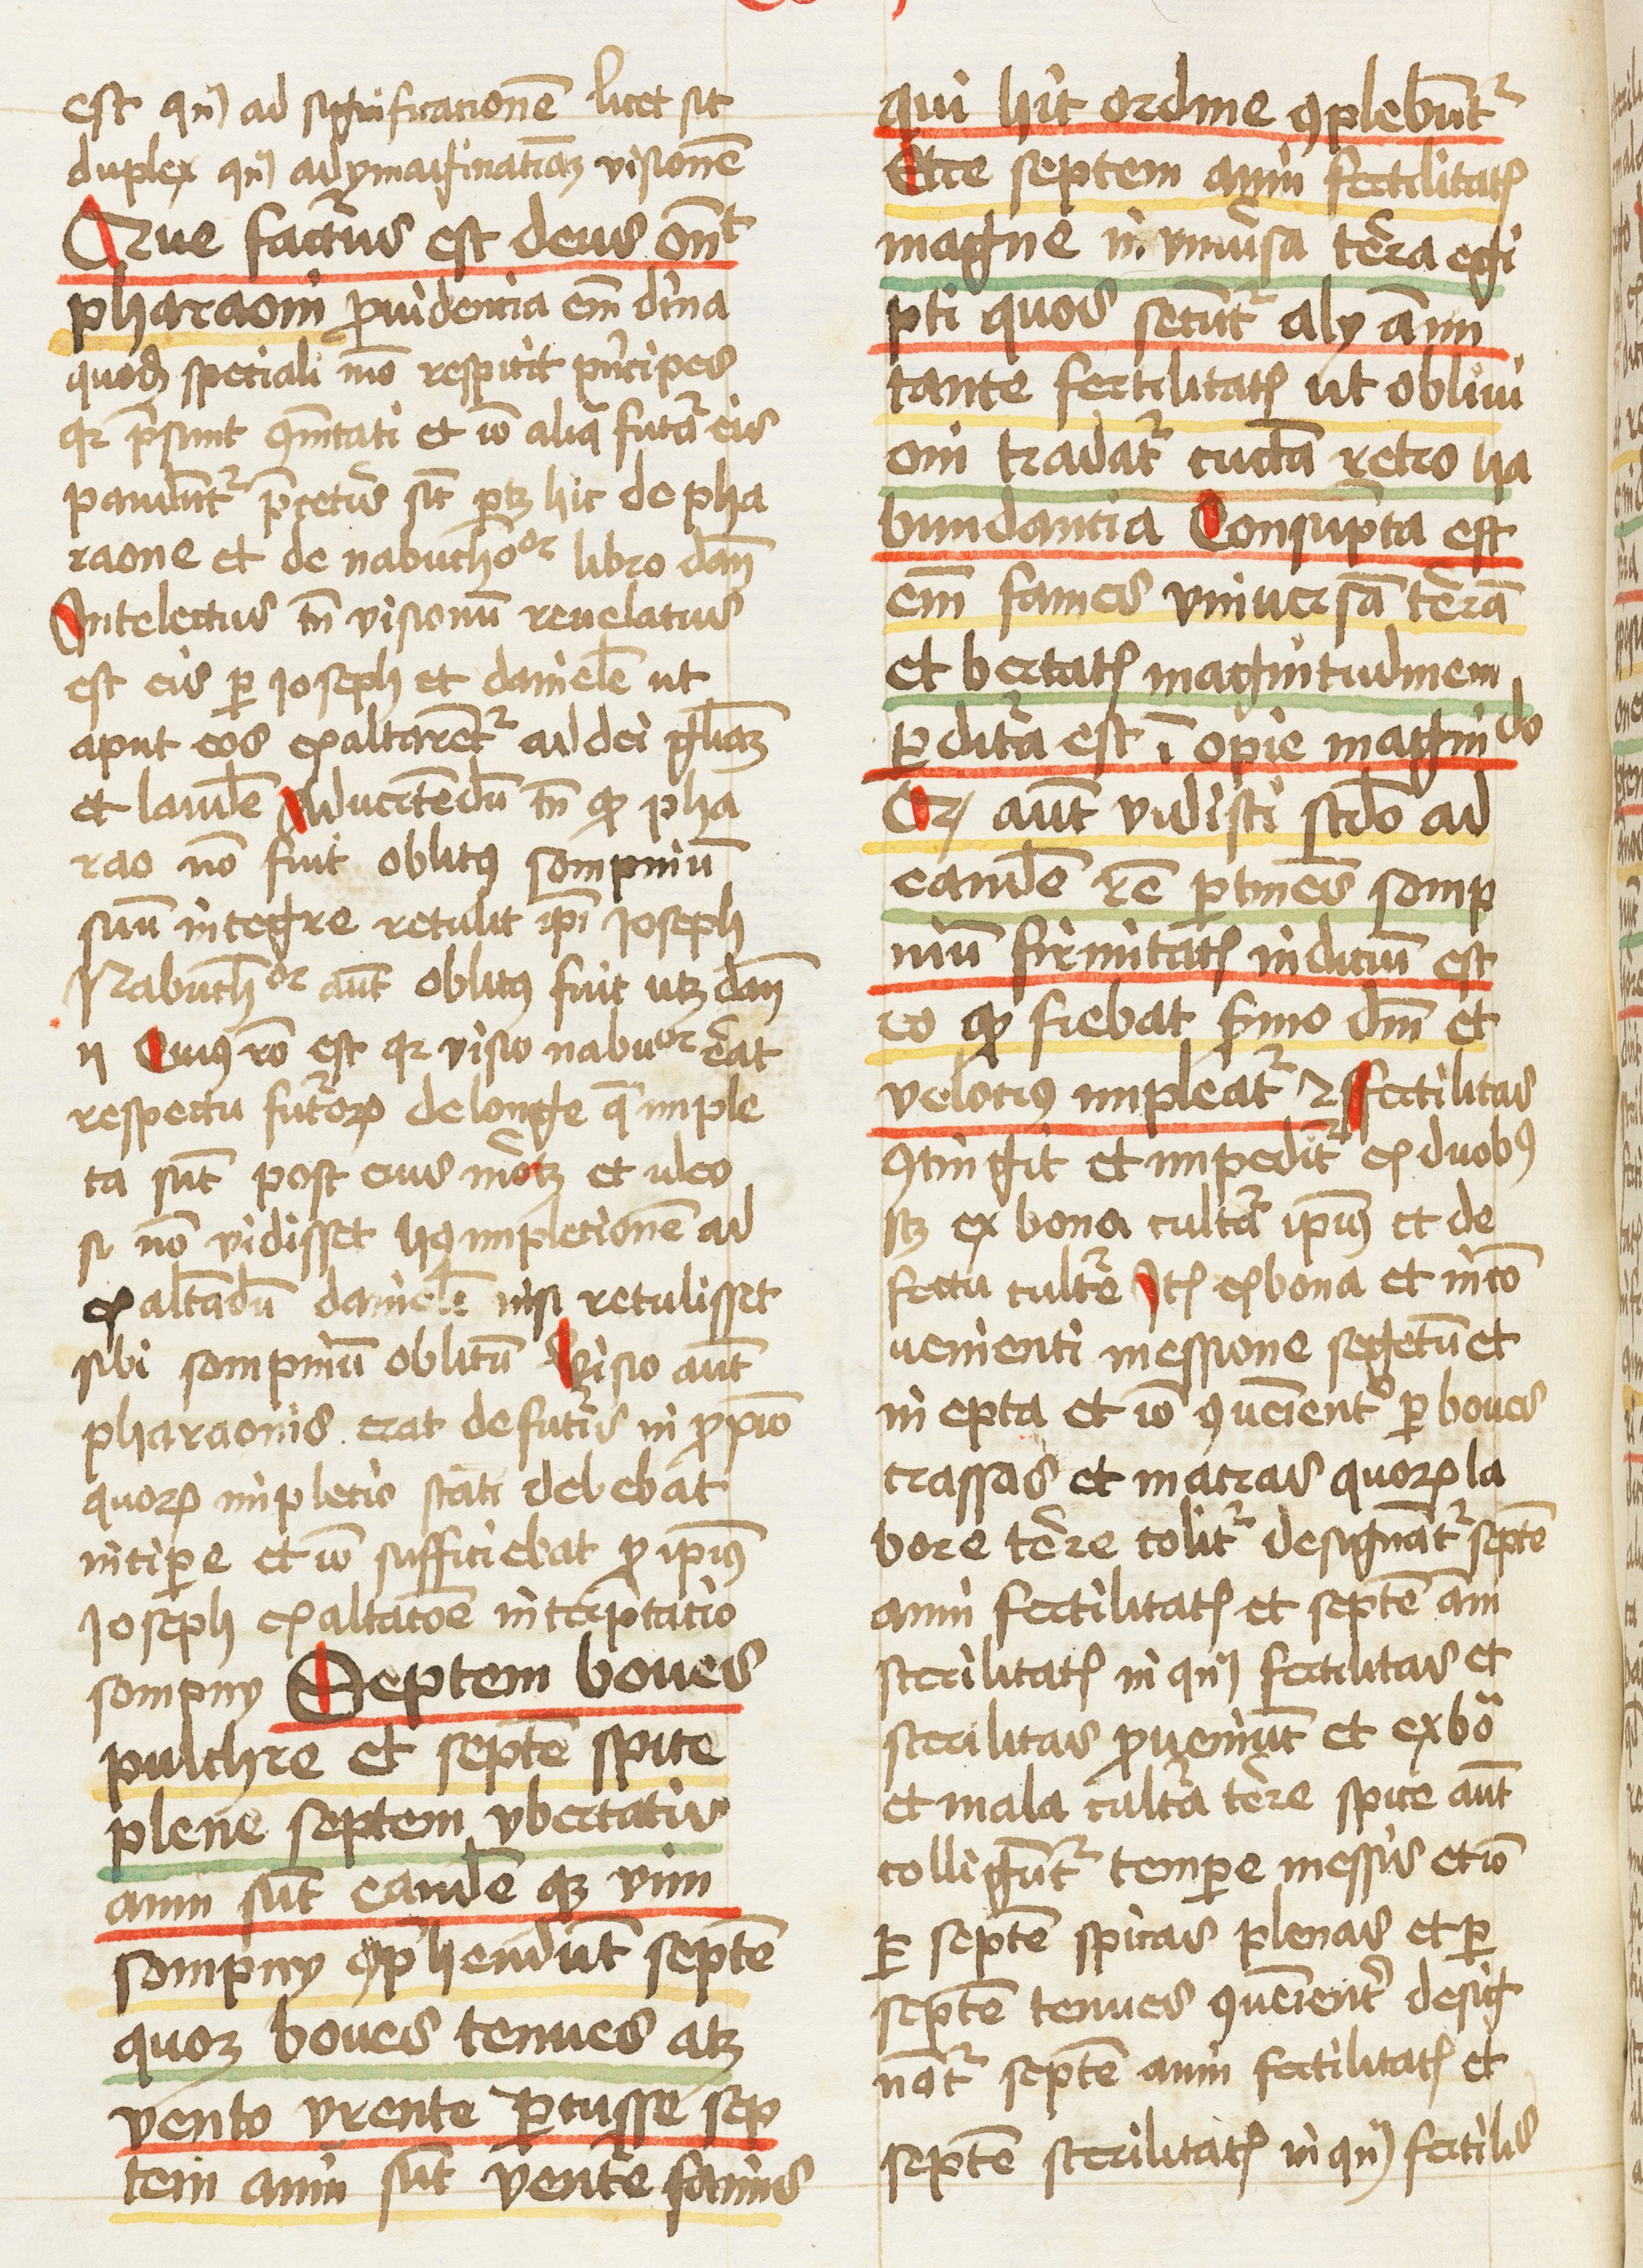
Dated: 1459–1461